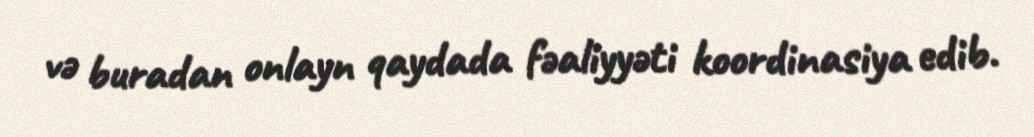
və buradan onlayn qaydada fəaliyyəti koordinasiya edib.